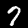
Label: 7